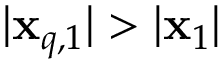
| \mathbf { x } _ { q , 1 } | > | \mathbf { x } _ { 1 } |